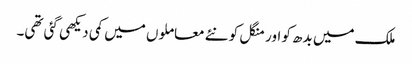
ملک میں بدھ کو اور منگل کو نئے معاملوں میں کمی دیکھی گئی تھی۔